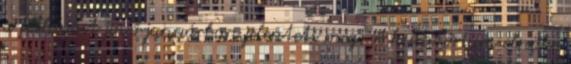
a felhívást jövő januárban jelenteti meg. A kuratórium elnöke